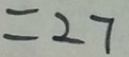
= 2 7